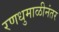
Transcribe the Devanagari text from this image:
रणधुमाळीनंतर